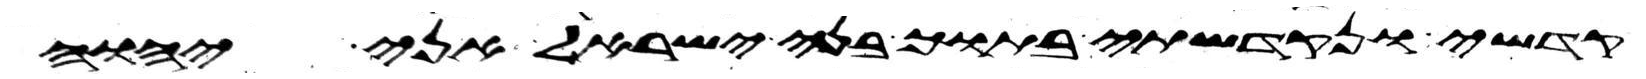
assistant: קדשי ונקדשתי בתוך בני ישראל אני יהוה